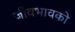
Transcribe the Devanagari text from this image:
जीवभावको